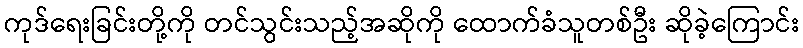
ကုဒ်ရေးခြင်းတို့ကို တင်သွင်းသည့်အဆိုကို ထောက်ခံသူတစ်ဦး ဆိုခဲ့ကြောင်း